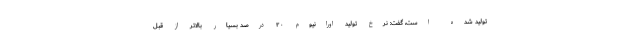
تولید شده است، گفت: نرخ تولید اورانیوم ۲۰ درصد بسیار بالاتر از قبل